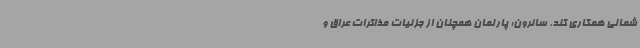
شمالی همکاری کند. سائرون: پارلمان همچنان از جزئیات مذاکرات عراق و